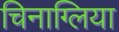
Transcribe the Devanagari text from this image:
चिनाग्लिया